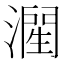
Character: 𱨷